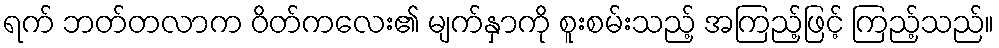
ရက် ဘတ်တလာက ဝိတ်ကလေး၏ မျက်နှာကို စူးစမ်းသည့် အကြည့်ဖြင့် ကြည့်သည်။